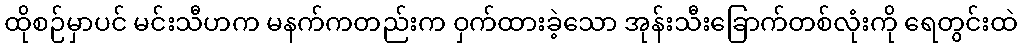
ထိုစဉ်မှာပင် မင်းသီဟက မနက်ကတည်းက ဝှက်ထားခဲ့သော အုန်းသီးခြောက်တစ်လုံးကို ရေတွင်းထဲ